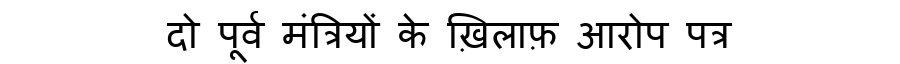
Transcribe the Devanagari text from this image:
दो पूर्व मंत्रियों के ख़िलाफ़ आरोप पत्र